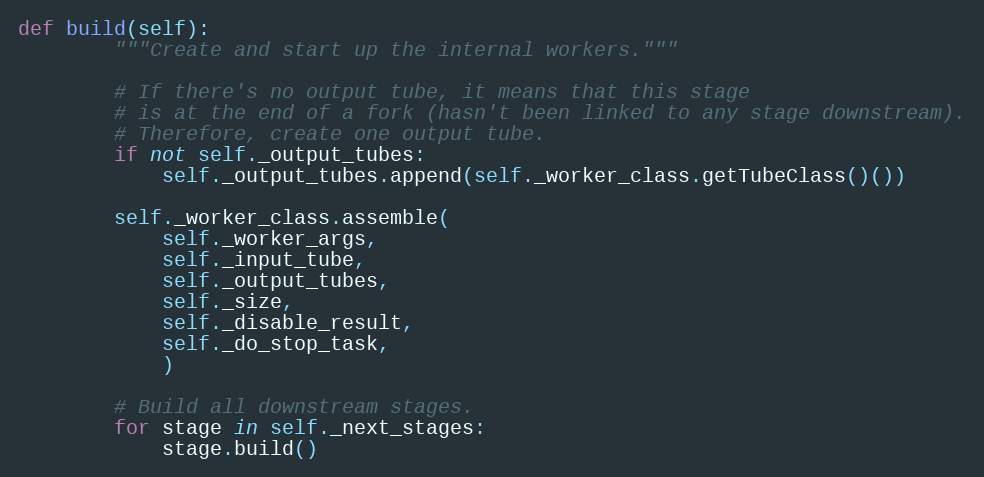
Language: Python
def build(self):
        """Create and start up the internal workers."""

        # If there's no output tube, it means that this stage
        # is at the end of a fork (hasn't been linked to any stage downstream).
        # Therefore, create one output tube.
        if not self._output_tubes:
            self._output_tubes.append(self._worker_class.getTubeClass()())

        self._worker_class.assemble(
            self._worker_args,
            self._input_tube,
            self._output_tubes,
            self._size,
            self._disable_result,
            self._do_stop_task,
            )

        # Build all downstream stages.
        for stage in self._next_stages:
            stage.build()